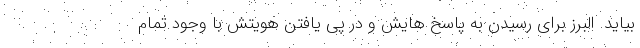
بیاید. البرز برای رسیدن به پاسخ هایش و در پی یافتن هویتش با وجود تمام